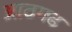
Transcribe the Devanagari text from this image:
आठगढ